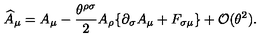
\widehat { A } _ { \mu } = A _ { \mu } - \frac { \theta ^ { \rho \sigma } } { 2 } A _ { \rho } \{ \partial _ { \sigma } A _ { \mu } + F _ { \sigma \mu } \} + { \mathcal O } ( \theta ^ { 2 } ) .